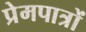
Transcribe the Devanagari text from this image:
प्रेमपात्रों